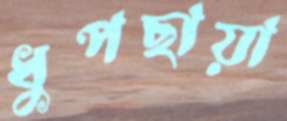
ধুপছায়া